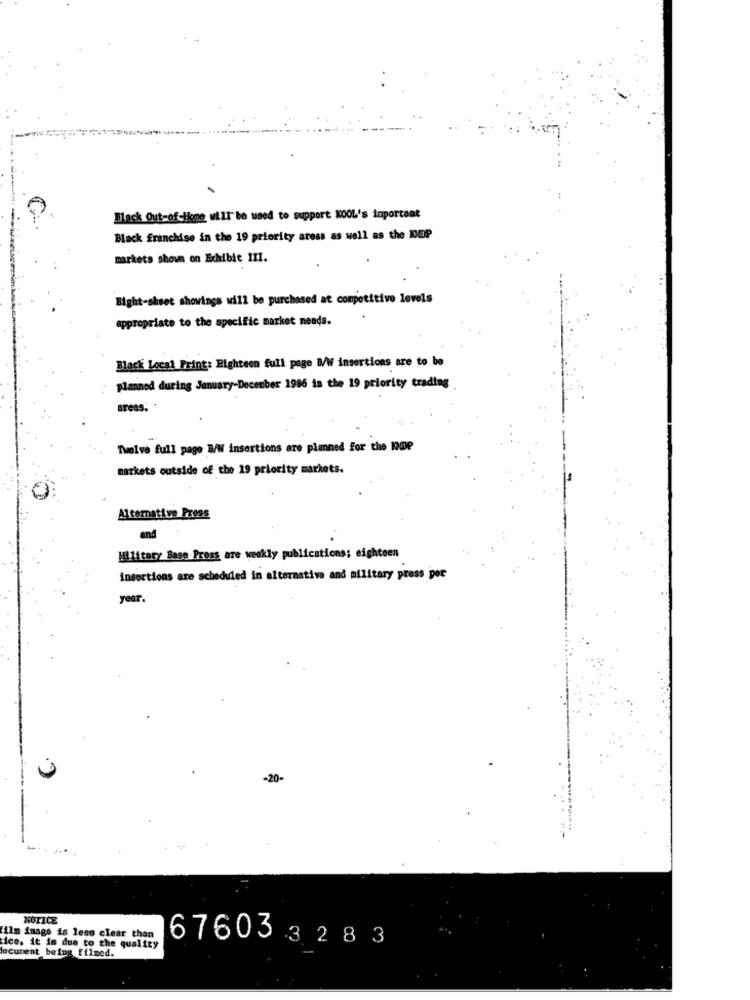
Black Out-of-line will be used to support KOOL's important
Black franchise in the 19 priority aress as well as the KOP
markets shown on Exhibit 111.
Eight-sheet showings will be purchased at competitive levels
appropriate to the specific market needs.
Black Local Print: Eighteen full page B/W insertions are to be
planned during January-December 1986 in the 19 priority trading
areas.
Twelve full page B/W insertions are planned For the KOOP
markets outside of the 19 priority markets.
Alternative Press
and
Military Base Press are weekly publications; eighteen
insortions are scheduled in alternative and military press por
year.
NOTICE
film inage is less clear than
ice, it is due to the quality
67603328 3
document being filmed.